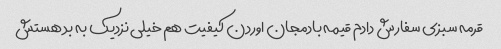
قرمه سبزی سفارش دادم قیمه بادمجان اوردن کیفیت هم خیلی نزدیک به بد هستش